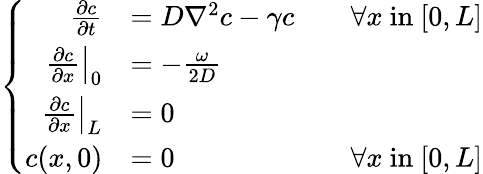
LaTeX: \left\{ \begin{array}{rlr}{\frac{\partial c}{\partial t}}&{=D\nabla^{2}c-\gamma c}&{\quad\forall x\mathrm{~in~}[0,L]}\\ {\left.\frac{\partial c}{\partial x}\right|_{0}}&{=-\frac{\omega}{2D}}\\ {\left.\frac{\partial c}{\partial x}\right|_{L}}&{=0}\\ {c(x,0)}&{=0}&{\forall x\mathrm{~in~}[0,L]}\end{array}\right.